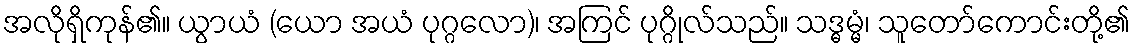
အလိုရှိကုန်၏။ ယွာယံ (ယော အယံ ပုဂ္ဂလော)၊ အကြင် ပုဂ္ဂိုလ်သည်။ သဒ္ဓမ္မံ၊ သူတော်ကောင်းတို့၏